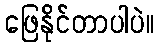
ဖြေနိုင်တာပါပဲ။